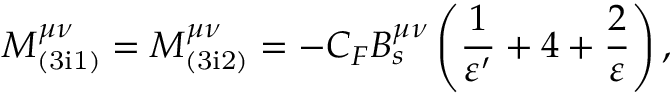
M _ { \mathrm { ( 3 i 1 ) } } ^ { \mu \nu } = M _ { \mathrm { ( 3 i 2 ) } } ^ { \mu \nu } = - C _ { F } B _ { s } ^ { \mu \nu } \left( \frac { 1 } { \varepsilon ^ { \prime } } + 4 + \frac { 2 } { \varepsilon } \right) ,